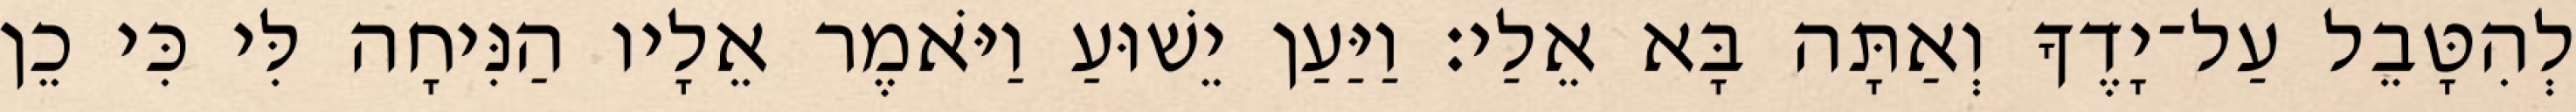
לְהִטָּבֵל עַל־יָדֶךָ וְאַתָּה בָּא אֵלַי׃ וַיַּעַן יֵשׁוּעַ וַיֹּאמֶר אֵלָיו הַנִּיחָה לִּי כִּי כֵן